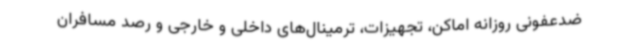
ضدعفونی روزانه اماکن، تجهیزات، ترمینال‌های داخلی و خارجی و رصد مسافران